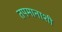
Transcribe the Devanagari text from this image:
तपमानाशी